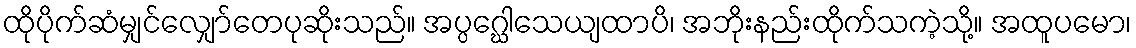
ထိုပိုက်ဆံမျှင်လျှော်တေပုဆိုးသည်။ အပ္ပဂ္ဃေါသေယျထာပိ၊ အဘိုးနည်းထိုက်သကဲ့သို့။ အထူပမော၊